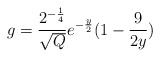
\begin{align*}g =\frac{2^{-\frac{1}{4}}}{\sqrt{Q}}e^{-\frac{y}{2}}(1-\frac{9}{2y})\end{align*}